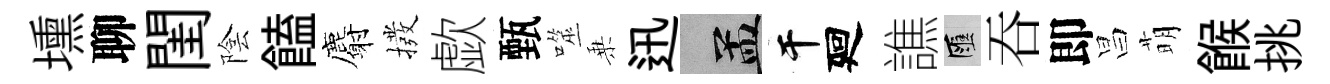
壎聊閨陰饁麝撥歔甄噬乗迅汴干廻譙匯吞即昌萌餱挑